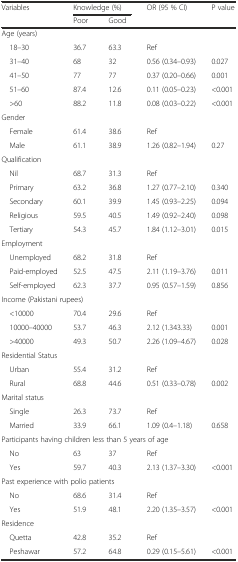
<table><thead><tr><td rowspan="2"><b>Variables</b></td><td colspan="2"><b>Knowledge (%)</b></td><td rowspan="2"><b>OR (95 % CI)</b></td><td rowspan="2"><b>P value</b></td></tr><tr><td><b>Poor</b></td><td><b>Good</b></td></tr></thead><tbody><tr><td colspan="5">Age (years)</td></tr><tr><td> 18–30</td><td>36.7</td><td>63.3</td><td>Ref</td><td></td></tr><tr><td> 31–40</td><td>68</td><td>32</td><td>0.56 (0.34–0.93)</td><td>0.027</td></tr><tr><td> 41–50</td><td>77</td><td>77</td><td>0.37 (0.20–0.66)</td><td>0.001</td></tr><tr><td> 51–60</td><td>87.4</td><td>12.6</td><td>0.11 (0.05–0.23)</td><td>&lt;0.001</td></tr><tr><td> &gt;60</td><td>88.2</td><td>11.8</td><td>0.08 (0.03–0.22)</td><td>&lt;0.001</td></tr><tr><td colspan="5">Gender</td></tr><tr><td> Female</td><td>61.4</td><td>38.6</td><td>Ref</td><td></td></tr><tr><td> Male</td><td>61.1</td><td>38.9</td><td>1.26 (0.82–1.94)</td><td>0.27</td></tr><tr><td colspan="5">Qualification</td></tr><tr><td> Nil</td><td>68.7</td><td>31.3</td><td>Ref</td><td></td></tr><tr><td> Primary</td><td>63.2</td><td>36.8</td><td>1.27 (0.77–2.10)</td><td>0.340</td></tr><tr><td> Secondary</td><td>60.1</td><td>39.9</td><td>1.45 (0.93–2.25)</td><td>0.094</td></tr><tr><td> Religious</td><td>59.5</td><td>40.5</td><td>1.49 (0.92–2.40)</td><td>0.098</td></tr><tr><td> Tertiary</td><td>54.3</td><td>45.7</td><td>1.84 (1.12–3.01)</td><td>0.015</td></tr><tr><td colspan="5">Employment</td></tr><tr><td> Unemployed</td><td>68.2</td><td>31.8</td><td>Ref</td><td></td></tr><tr><td> Paid-employed</td><td>52.5</td><td>47.5</td><td>2.11 (1.19–3.76)</td><td>0.011</td></tr><tr><td> Self-employed</td><td>62.3</td><td>37.7</td><td>0.95 (0.57–1.59)</td><td>0.856</td></tr><tr><td colspan="5">Income (Pakistani rupees)</td></tr><tr><td> &lt;10000</td><td>70.4</td><td>29.6</td><td>Ref</td><td></td></tr><tr><td> 10000–40000</td><td>53.7</td><td>46.3</td><td>2.12 (1.343.33)</td><td>0.001</td></tr><tr><td> &gt;40000</td><td>49.3</td><td>50.7</td><td>2.26 (1.09–4.67)</td><td>0.028</td></tr><tr><td colspan="5">Residential Status</td></tr><tr><td> Urban</td><td>55.4</td><td>31.2</td><td>Ref</td><td></td></tr><tr><td> Rural</td><td>68.8</td><td>44.6</td><td>0.51 (0.33–0.78)</td><td>0.002</td></tr><tr><td colspan="5">Marital status</td></tr><tr><td> Single</td><td>26.3</td><td>73.7</td><td>Ref</td><td></td></tr><tr><td> Married</td><td>33.9</td><td>66.1</td><td>1.09 (0.4–1.18)</td><td>0.658</td></tr><tr><td colspan="5">Participants having children less than 5 years of age</td></tr><tr><td> No</td><td>63</td><td>37</td><td>Ref</td><td></td></tr><tr><td> Yes</td><td>59.7</td><td>40.3</td><td>2.13 (1.37–3.30)</td><td>&lt;0.001</td></tr><tr><td colspan="5">Past experience with polio patients</td></tr><tr><td> No</td><td>68.6</td><td>31.4</td><td>Ref</td><td></td></tr><tr><td> Yes</td><td>51.9</td><td>48.1</td><td>2.20 (1.35–3.57)</td><td>&lt;0.001</td></tr><tr><td colspan="5">Residence</td></tr><tr><td> Quetta</td><td>42.8</td><td>35.2</td><td>Ref</td><td></td></tr><tr><td> Peshawar</td><td>57.2</td><td>64.8</td><td>0.29 (0.15–5.61)</td><td>&lt;0.001</td></tr></tbody></table>